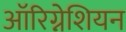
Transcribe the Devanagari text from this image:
ऑरिग्नेशियन